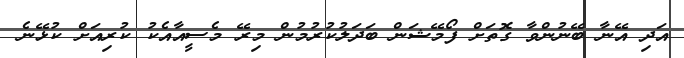
އަދި އޭނާ ބޭނުންވާ ގޮތަށް ފޯމޭޝަން ބަދަލުކުރުމުން މިރޭ މެސީއާއެކު ކުރިއަށް ކުޅޭނެ